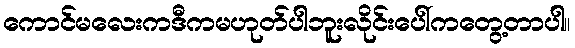
ကောင်မလေးကဒီကမဟုတ်ပါဘူးလိုင်းပေါ်ကတွေ့တာပါ။